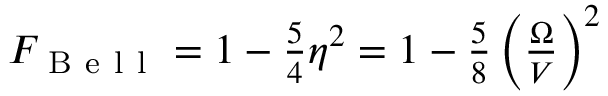
\begin{array} { r } { F _ { \mathrm { ~ B ~ e ~ l ~ l ~ } } = 1 - \frac { 5 } { 4 } \eta ^ { 2 } = 1 - \frac { 5 } { 8 } \left( \frac { \Omega } { V } \right) ^ { 2 } } \end{array}